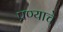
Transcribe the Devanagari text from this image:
प्रण्याचे